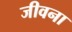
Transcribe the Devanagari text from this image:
जीवना